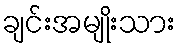
ချင်းအမျိုးသား